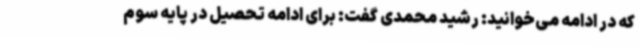
که در ادامه می‌خوانید: رشید محمدی گفت: برای ادامه تحصیل در پایه سوم